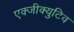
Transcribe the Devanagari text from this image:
एक्जीक्युटिव